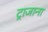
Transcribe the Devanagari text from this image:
ट्राजाना